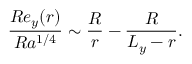
\frac { R e _ { y } ( r ) } { R a ^ { 1 / 4 } } \sim \frac { R } { r } - \frac { R } { L _ { y } - r } .